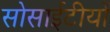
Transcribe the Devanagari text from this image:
सोसाईटीयों